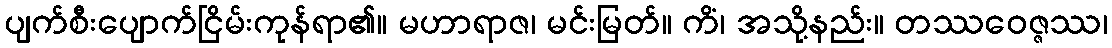
ပျက်စီးပျောက်ငြိမ်းကုန်ရာ၏။ မဟာရာဇ၊ မင်းမြတ်။ ကိံ၊ အသို့နည်း။ တဿဝေဇ္ဇဿ၊